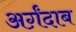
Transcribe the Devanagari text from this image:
अर्ग़ंदाब